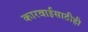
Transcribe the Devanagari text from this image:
कारवाईसाठीही